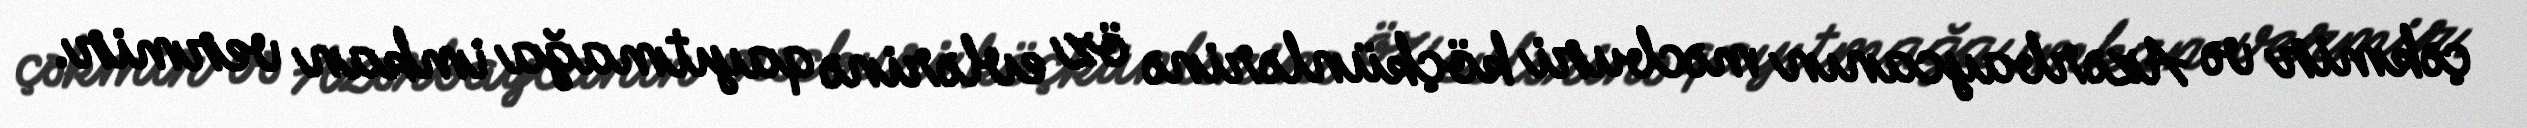
çəkmir və Azərbaycanın məcburi köçkünlərinə öz evlərinə qayıtmağa imkan vermir.